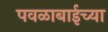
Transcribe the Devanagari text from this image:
पवळाबाईच्या